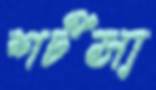
শর্টসা